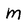
Character: M